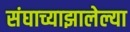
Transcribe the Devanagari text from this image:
संघाच्याझालेल्या